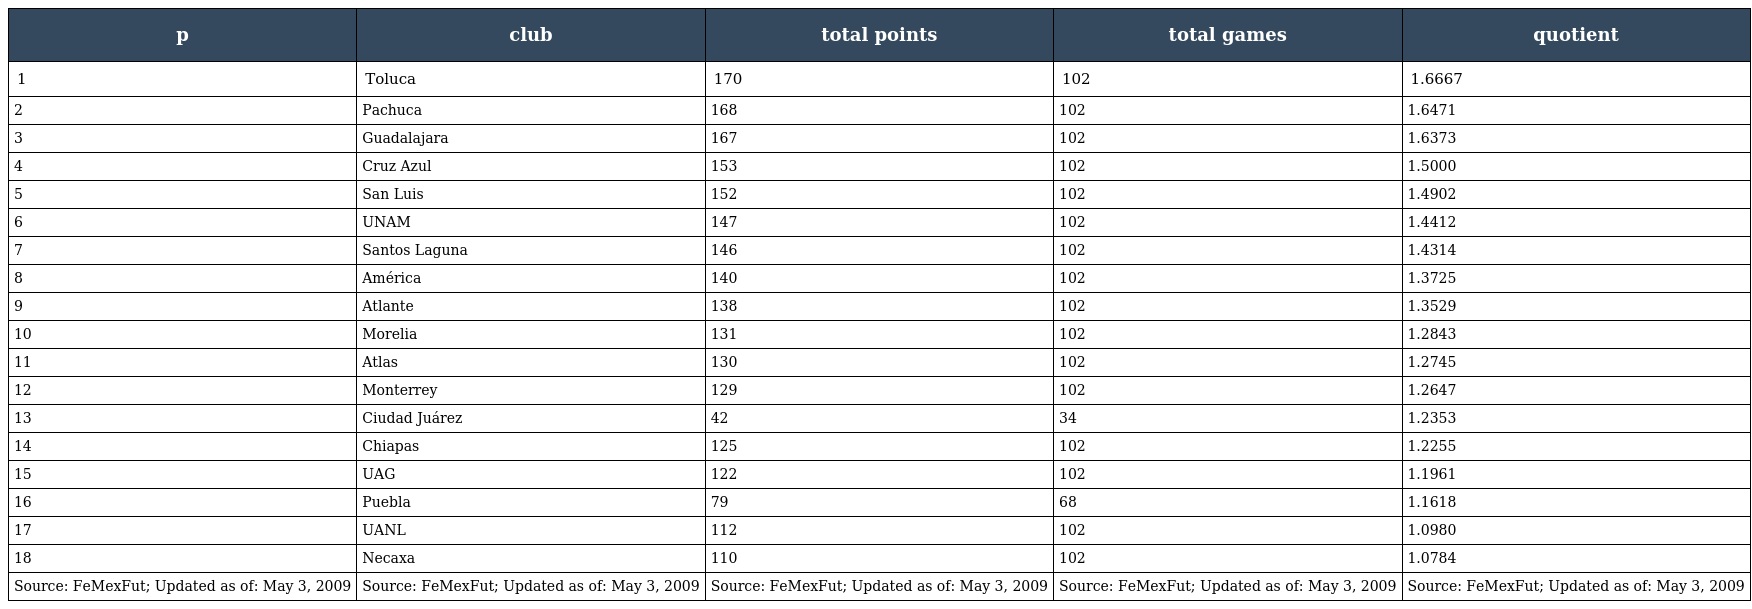
| p | club | total points | total games | quotient |
 | --- | --- | --- | --- | --- |
 | 1 | Toluca | 170 | 102 | 1.6667 |
 | 2 | Pachuca | 168 | 102 | 1.6471 |
 | 3 | Guadalajara | 167 | 102 | 1.6373 |
 | 4 | Cruz Azul | 153 | 102 | 1.5000 |
 | 5 | San Luis | 152 | 102 | 1.4902 |
 | 6 | UNAM | 147 | 102 | 1.4412 |
 | 7 | Santos Laguna | 146 | 102 | 1.4314 |
 | 8 | América | 140 | 102 | 1.3725 |
 | 9 | Atlante | 138 | 102 | 1.3529 |
 | 10 | Morelia | 131 | 102 | 1.2843 |
 | 11 | Atlas | 130 | 102 | 1.2745 |
 | 12 | Monterrey | 129 | 102 | 1.2647 |
 | 13 | Ciudad Juárez | 42 | 34 | 1.2353 |
 | 14 | Chiapas | 125 | 102 | 1.2255 |
 | 15 | UAG | 122 | 102 | 1.1961 |
 | 16 | Puebla | 79 | 68 | 1.1618 |
 | 17 | UANL | 112 | 102 | 1.0980 |
 | 18 | Necaxa | 110 | 102 | 1.0784 |
 | Source: FeMexFut; Updated as of: May 3, 2009 | Source: FeMexFut; Updated as of: May 3, 2009 | Source: FeMexFut; Updated as of: May 3, 2009 | Source: FeMexFut; Updated as of: May 3, 2009 | Source: FeMexFut; Updated as of: May 3, 2009 |